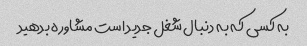
به کسی که به دنبال شغل جدید است مشاوره بدهید